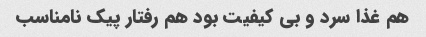
هم غذا سرد و بی کیفیت بود هم رفتار پیک نامناسب